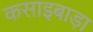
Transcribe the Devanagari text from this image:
कसाइबाड़ा